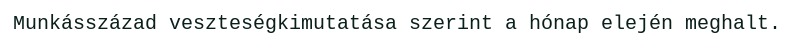
Munkásszázad veszteségkimutatása szerint a hónap elején meghalt.